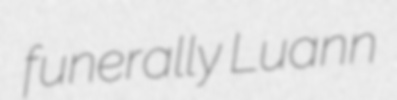
funerally Luann